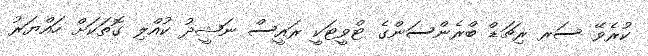
ކުރެވޭ ސަރ ރިޗަޑް ބްރެންސަންގެ ޓްވީޓަކީ ރައީސް ނަޝީދު ކުއްލި ގޮތަކަށް ހައްޔަރު